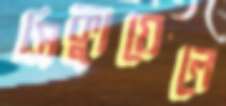
সিক্যুয়েলে